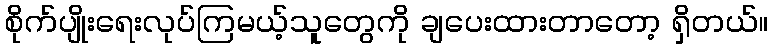
စိုက်ပျိုးရေးလုပ်ကြမယ့်သူတွေကို ချပေးထားတာတော့ ရှိတယ်။